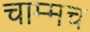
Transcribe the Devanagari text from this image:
चाम्मच